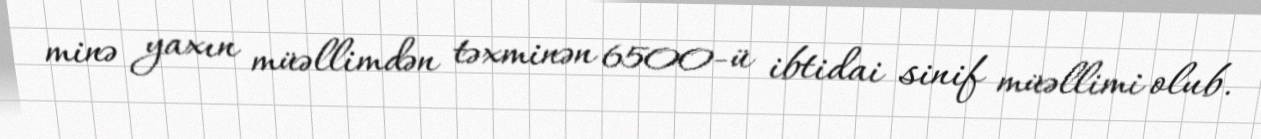
minə yaxın müəllimdən təxminən 6500-ü ibtidai sinif müəllimi olub.